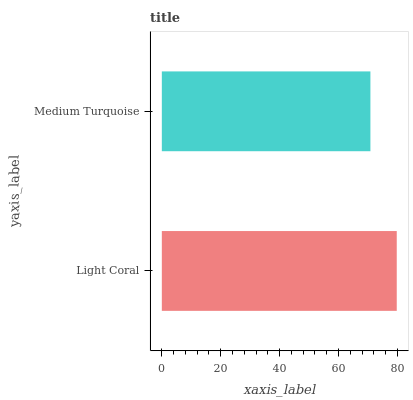
| yaxis_label | bars |
 | --- | --- |
 | Light Coral | 79.8 |
 | Medium Turquoise | 70.8 |